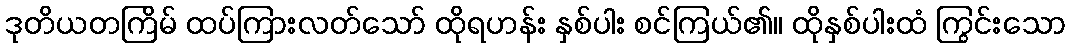
ဒုတိယတကြိမ် ထပ်ကြားလတ်သော် ထိုရဟန်း နှစ်ပါး စင်ကြယ်၏။ ထိုနှစ်ပါးထံ ကြွင်းသော